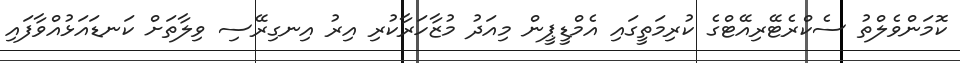
ކޮމަންވެލްތު ސެކްރެޓޭރިއޭޓްގެ ކުރިމަތީގައި އެމްޑީޕީން މިއަދު މުޒާހަރާކުރި އިރު އިނގިރޭސި ވިލާތަށް ކަނޑައަޅުއްވާފައި